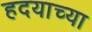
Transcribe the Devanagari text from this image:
हदयाच्या